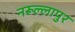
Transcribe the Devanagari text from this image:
नरूल्लापुर